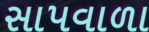
સાપવાળા